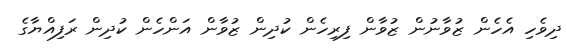
ދިވެހި އެހެން ޒުވާނުން ޒުވާން ފިރިހެން ކުދިން ޒުވާން އަންހެން ކުދިން ރަފިއްޔާގެ